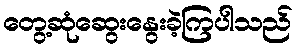
တွေ့ဆုံဆွေးနွေးခဲ့ကြပါသည်